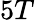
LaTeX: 5T